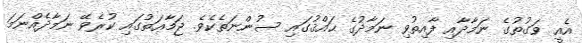
އެއީ ވަގުތުގެ ނަމާދާއި ފާއިތުވި ނަމާދުގެ ޙައްޤުގައި ސުންނަތެކެވެ. ޖަމާޢަތުގައި ކުރެވޭ ނަމާދެއްނަމަ